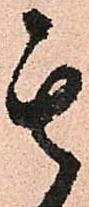
其